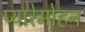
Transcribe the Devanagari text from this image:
प्यारेमोहन